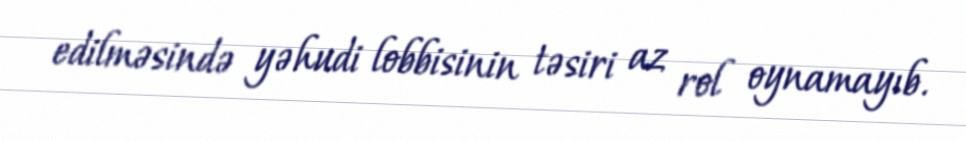
edilməsində yəhudi lobbisinin təsiri az rol oynamayıb.